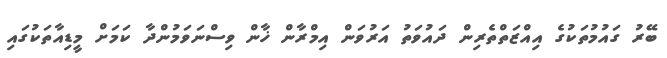
ބޭރު ގައުމުތަކުގެ އިއްޒަތްތެރިން ދައުވަތު އަރުވަން އިމްރާން ޚާން ވިސްނަވަމުންދާ ކަަމަށް މީޑިއާތަކުގައި